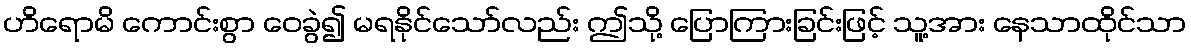
ဟိရောမိ ကောင်းစွာ ဝေခွဲ၍ မရနိုင်သော်လည်း ဤသို့ ပြောကြားခြင်းဖြင့် သူ့အား နေသာထိုင်သာ